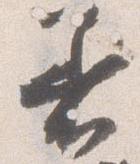
着